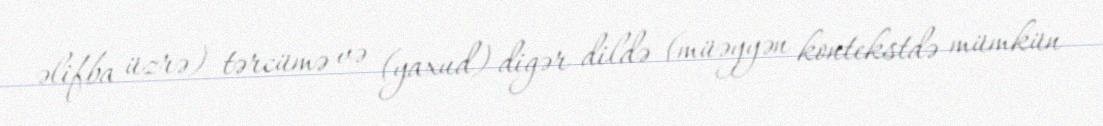
əlifba üzrə) tərcümə və (yaxud) digər dildə (müəyyən kontekstdə mümkün